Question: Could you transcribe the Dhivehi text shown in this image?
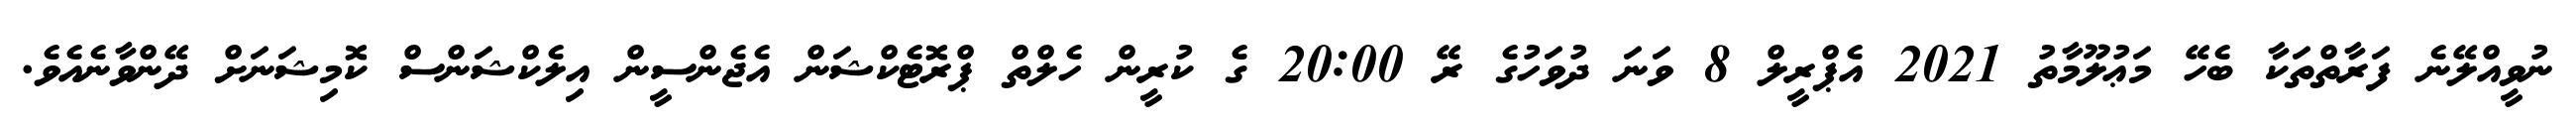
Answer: ނުވީއްލޭނެ ފަރާތްތަކާ ބެހޭ މަޢުލޫމާތު 2021 އެޕްރީލް 8 ވަނަ ދުވަހުގެ ރޭ 20:00 ގެ ކުރީން ހެލްތް ޕްރޮޓެކްޝަން އެޖެންސީން އިލެކްޝަންސް ކޮމިޝަނަށް ދޭންވާނެއެވެ.